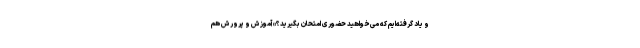
و یاد گرفته‌ایم که می‌خواهید حضوری امتحان بگیرید؟» آموزش و پرورش هم